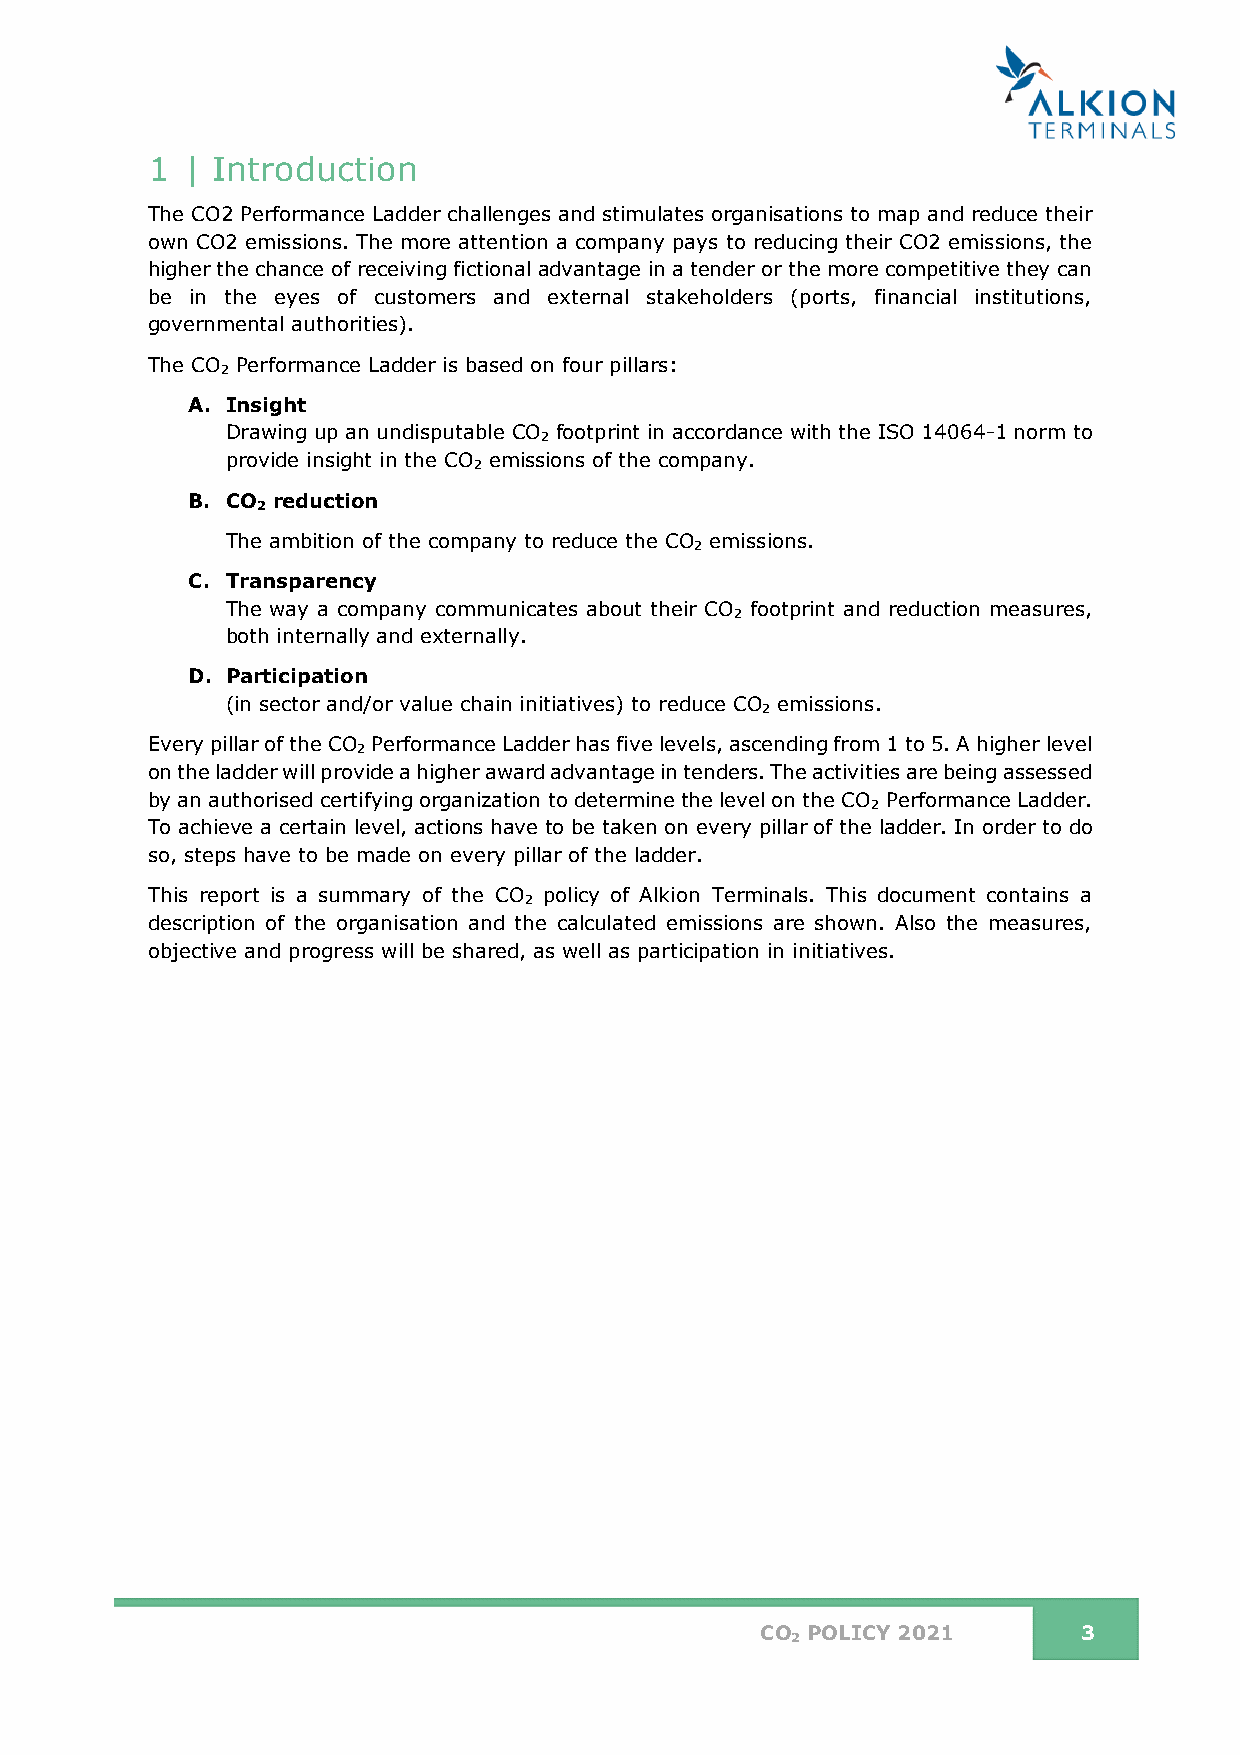
1 | Introduction
 The CO2 Performance Ladder challenges and stimulates organisations to map and reduce their
 own CO2 emissions. The more attention a company pays to reducing their CO2 emissions, the
 higher the chance of receiving fictional advantage in a tender or the more competitive they can
 be in the eyes of customers and external stakeholders (ports, financial institutions,
 governmental authorities).
 The CO Performance Ladder is based on four pillars:
 2
 A. Insight
 Drawing up an undisputable CO footprint in accordance with the ISO 14064-1 norm to
 2
 provide insight in the CO emissions of the company.
 2
 B. CO reduction
 2
 The ambition of the company to reduce the CO emissions.
 2
 C. Transparency
 The way a company communicates about their CO footprint and reduction measures,
 2
 both internally and externally.
 D. Participation
 (in sector and/or value chain initiatives) to reduce CO emissions.
 2
 Every pillar of the CO Performance Ladder has five levels, ascending from 1 to 5. A higher level
 2
 on the ladder will provide a higher award advantage in tenders. The activities are being assessed
 by an authorised certifying organization to determine the level on the CO Performance Ladder.
 2
 To achieve a certain level, actions have to be taken on every pillar of the ladder. In order to do
 so, steps have to be made on every pillar of the ladder.
 This report is a summary of the CO policy of Alkion Terminals. This document contains a
 2
 description of the organisation and the calculated emissions are shown. Also the measures,
 objective and progress will be shared, as well as participation in initiatives.
 CO POLICY 2021        3
 2